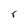
Character: r